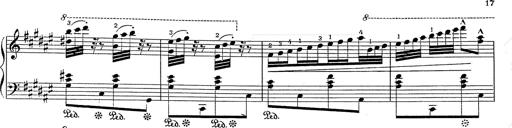
Title: Hungarian Rhapsody No.2
Composer: Franz Liszt
Key: C-sharp minor